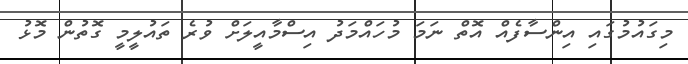
މިގައުމުގައި އިންސާފެއް އޮތް ނަމަ މުހައްމަދު އިސްމާއީލަށް ވުރެ ތައުލީމީ ގޮތުން މޮޅު